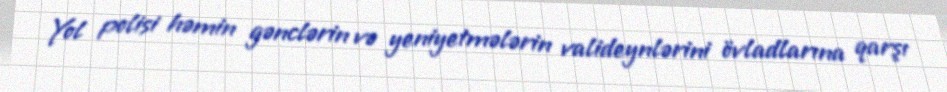
Yol polisi həmin gənclərin və yeniyetmələrin valideynlərini övladlarına qarşı